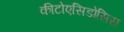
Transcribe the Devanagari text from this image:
कीटोएसिडोसिस